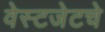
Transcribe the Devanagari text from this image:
वेस्टजेटचे